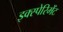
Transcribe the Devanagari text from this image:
इक्स्पेरिमेंट